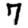
Digit: 7